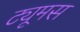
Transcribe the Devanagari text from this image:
ट्यूमस